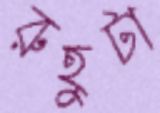
রুহুটা